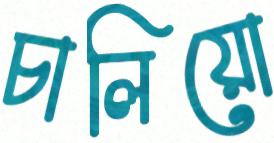
চালিয়ো